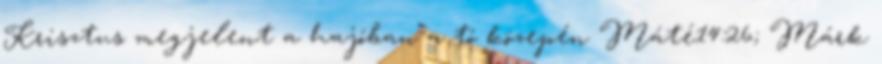
Krisztus megjelent a hajóban a tó közepén Máté14:26; Márk